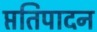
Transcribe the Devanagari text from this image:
प्ततिपादन